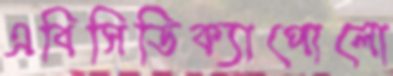
এবিসিডিক্যাপোলো